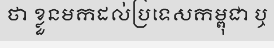
ថា ខ្លួនមកដល់ប្រទេសកម្ពុជា ឬ